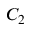
C _ { 2 }